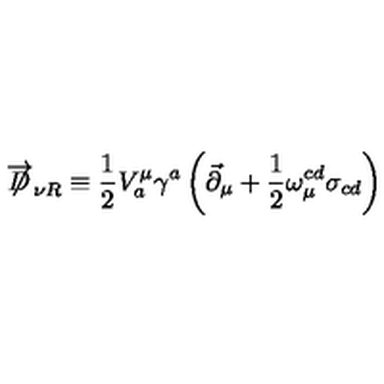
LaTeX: \overrightarrow { \not \! \! D } _ { \nu R } \equiv \frac { 1 } { 2 } V _ { a } ^ { \mu } \gamma ^ { a } \left( \vec { \partial } _ { \mu } + \frac { 1 } { 2 } \omega _ { \mu } ^ { c d } \sigma _ { c d } \right)